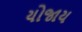
યોજાય